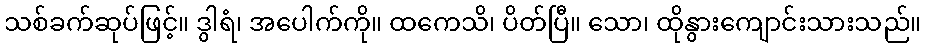
သစ်ခက်ဆုပ်ဖြင့်။ ဒွါရံ၊ အပေါက်ကို။ ထကေသိ၊ ပိတ်ပြီ။ သော၊ ထိုနွားကျောင်းသားသည်။